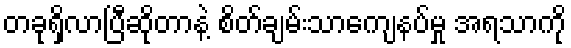
တခုရှိလာပြီဆိုတာနဲ့ စိတ်ချမ်းသာကျေနပ်မှု အရသာကို